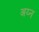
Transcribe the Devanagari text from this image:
अय्न